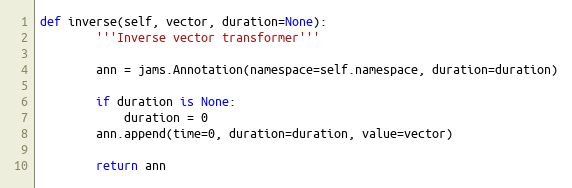
Language: Python
def inverse(self, vector, duration=None):
        '''Inverse vector transformer'''

        ann = jams.Annotation(namespace=self.namespace, duration=duration)

        if duration is None:
            duration = 0
        ann.append(time=0, duration=duration, value=vector)

        return ann